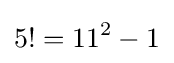
5!=11^{2}-1